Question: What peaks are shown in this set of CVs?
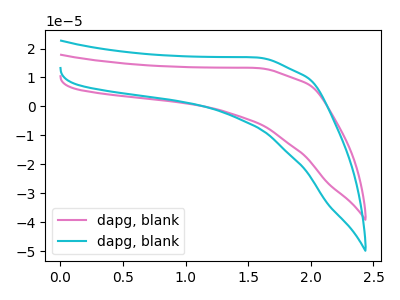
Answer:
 <answer>The pink curve "dapg, blank1" has no peaks. The cyan curve "dapg, blank2" has no peaks.</answer>
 <eval></eval>